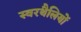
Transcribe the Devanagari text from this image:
स्वरथैलियों